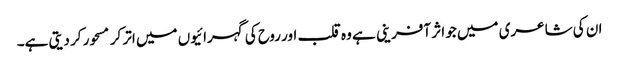
ان کی شاعری میں جو اثر آفرینی ہے وہ قلب اور روح کی گہرائیوں میں اتر کر مسحور کر دیتی ہے۔